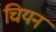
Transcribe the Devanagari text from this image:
चियन